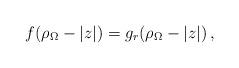
LaTeX: \begin{align*}f (\rho _\Omega -|z|) = g_{r} (\rho _\Omega -|z|) \, ,\end{align*}